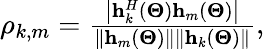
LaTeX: \begin{array}{r}{{\rho_{k,m}}=\frac{{\left|{{\mathbf{h}}_{k}^{H}\left({\mathbf{\Theta}}\right){{\mathbf{h}}_{m}}\left({\mathbf{\Theta}}\right)}\right|}}{{\left\| {{{\mathbf{h}}_{m}}\left({\mathbf{\Theta}}\right)}\right\| \left\| {{{\mathbf{h}}_{k}}\left({\mathbf{\Theta}}\right)}\right\| }},}\end{array}